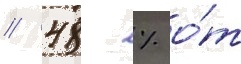
/ 48 % о́т